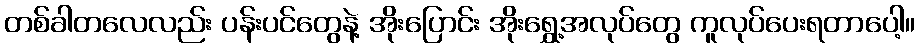
တစ်ခါတလေလည်း ပန်းပင်တွေနဲ့ အိုးပြောင်း အိုးရွှေ့အလုပ်တွေ ကူလုပ်ပေးရတာပေါ့။